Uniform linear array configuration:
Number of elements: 8
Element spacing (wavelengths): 0.5
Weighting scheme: exponential
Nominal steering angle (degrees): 15
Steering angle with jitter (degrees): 14.856
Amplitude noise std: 0.05
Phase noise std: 0.05

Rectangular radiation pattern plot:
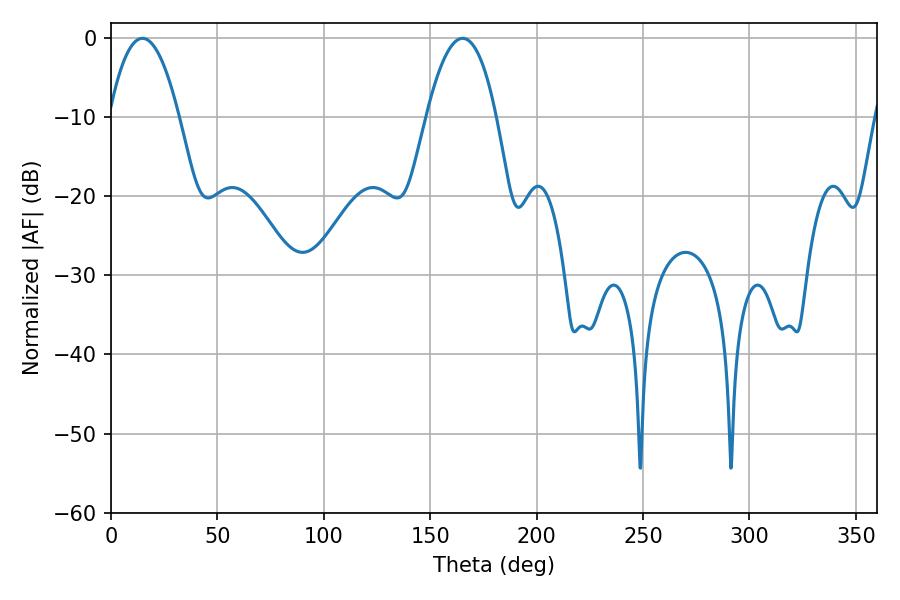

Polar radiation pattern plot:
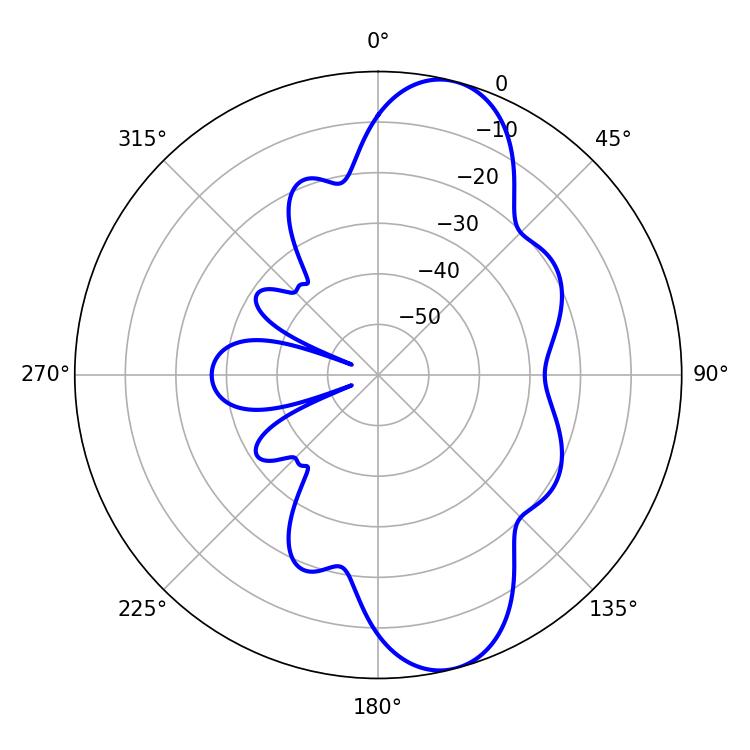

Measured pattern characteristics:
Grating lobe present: FALSE
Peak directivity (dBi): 10.326
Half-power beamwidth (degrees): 18.18
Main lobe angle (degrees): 14.76